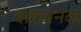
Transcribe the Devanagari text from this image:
वाक्जनक